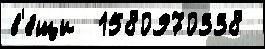
в'е́щи  1580970338